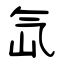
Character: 氙